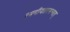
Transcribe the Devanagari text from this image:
रमणीयतरमन्यत्